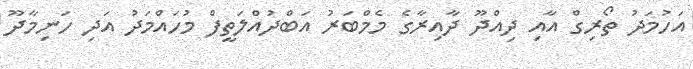
އަހުމަދު ތޯރިގް އާއި ދިއްދޫ ދާއިރާގެ މެމްބަރު އަބްދުއްލަތީފް މުހައްމަދު އަދި ހަނިމާދޫ